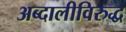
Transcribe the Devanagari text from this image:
अब्दालीविरुद्ध